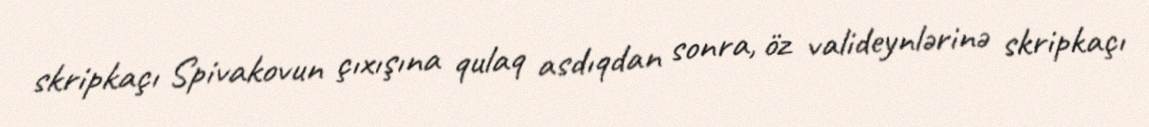
skripkaçı Spivakovun çıxışına qulaq asdıqdan sonra, öz valideynlərinə skripkaçı